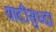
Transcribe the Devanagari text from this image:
यादीसुध्दा